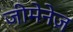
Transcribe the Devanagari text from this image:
जीमेनेज़